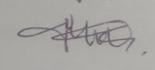
Signature authenticity: genuine